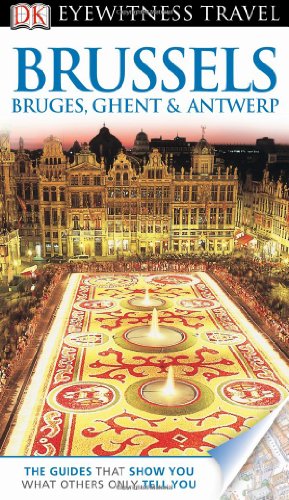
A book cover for DK Eyewitness Travel Guide: Brussels, Bruges, Ghent & Antwerp; DK Publishing; Travel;